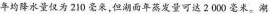
年均降水量仅为210毫米，但湖面年蒸发量可达2000毫米。湖